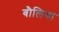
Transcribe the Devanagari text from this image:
बौलिया